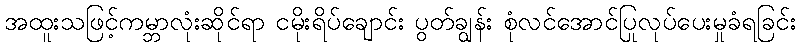
အထူးသဖြင့်ကမ္ဘာလုံးဆိုင်ရာ ငမိုးရိပ်ချောင်း ပွတ်ချွန်း စုံလင်အောင်ပြုလုပ်ပေးမှုခံရခြင်း